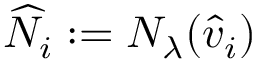
\ensuremath { \widehat { N } } _ { i } : = \ensuremath { N _ { \lambda } } ( \ensuremath { \hat { v } } _ { i } )